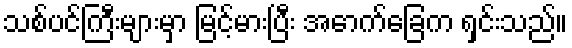
သစ်ပင်ကြီးများမှာ မြင့်မားပြီး အောက်ခြေက ရှင်းသည်။